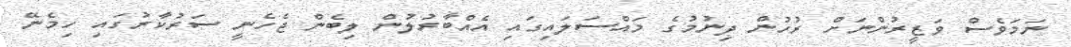
ނަމަވެސް ވަޒީރުންނަށް ރުހުން ދިނުމުގެ މައްސަލައިގައި އެއްބާރުލުން ލިބެން ޖެހެނީ ސަރުކާރުގައި ހިމެނޭ